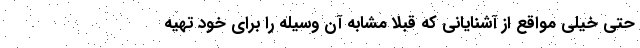
حتی خیلی مواقع از آشنایانی که قبلاً مشابه آن وسیله را برای خود تهیه